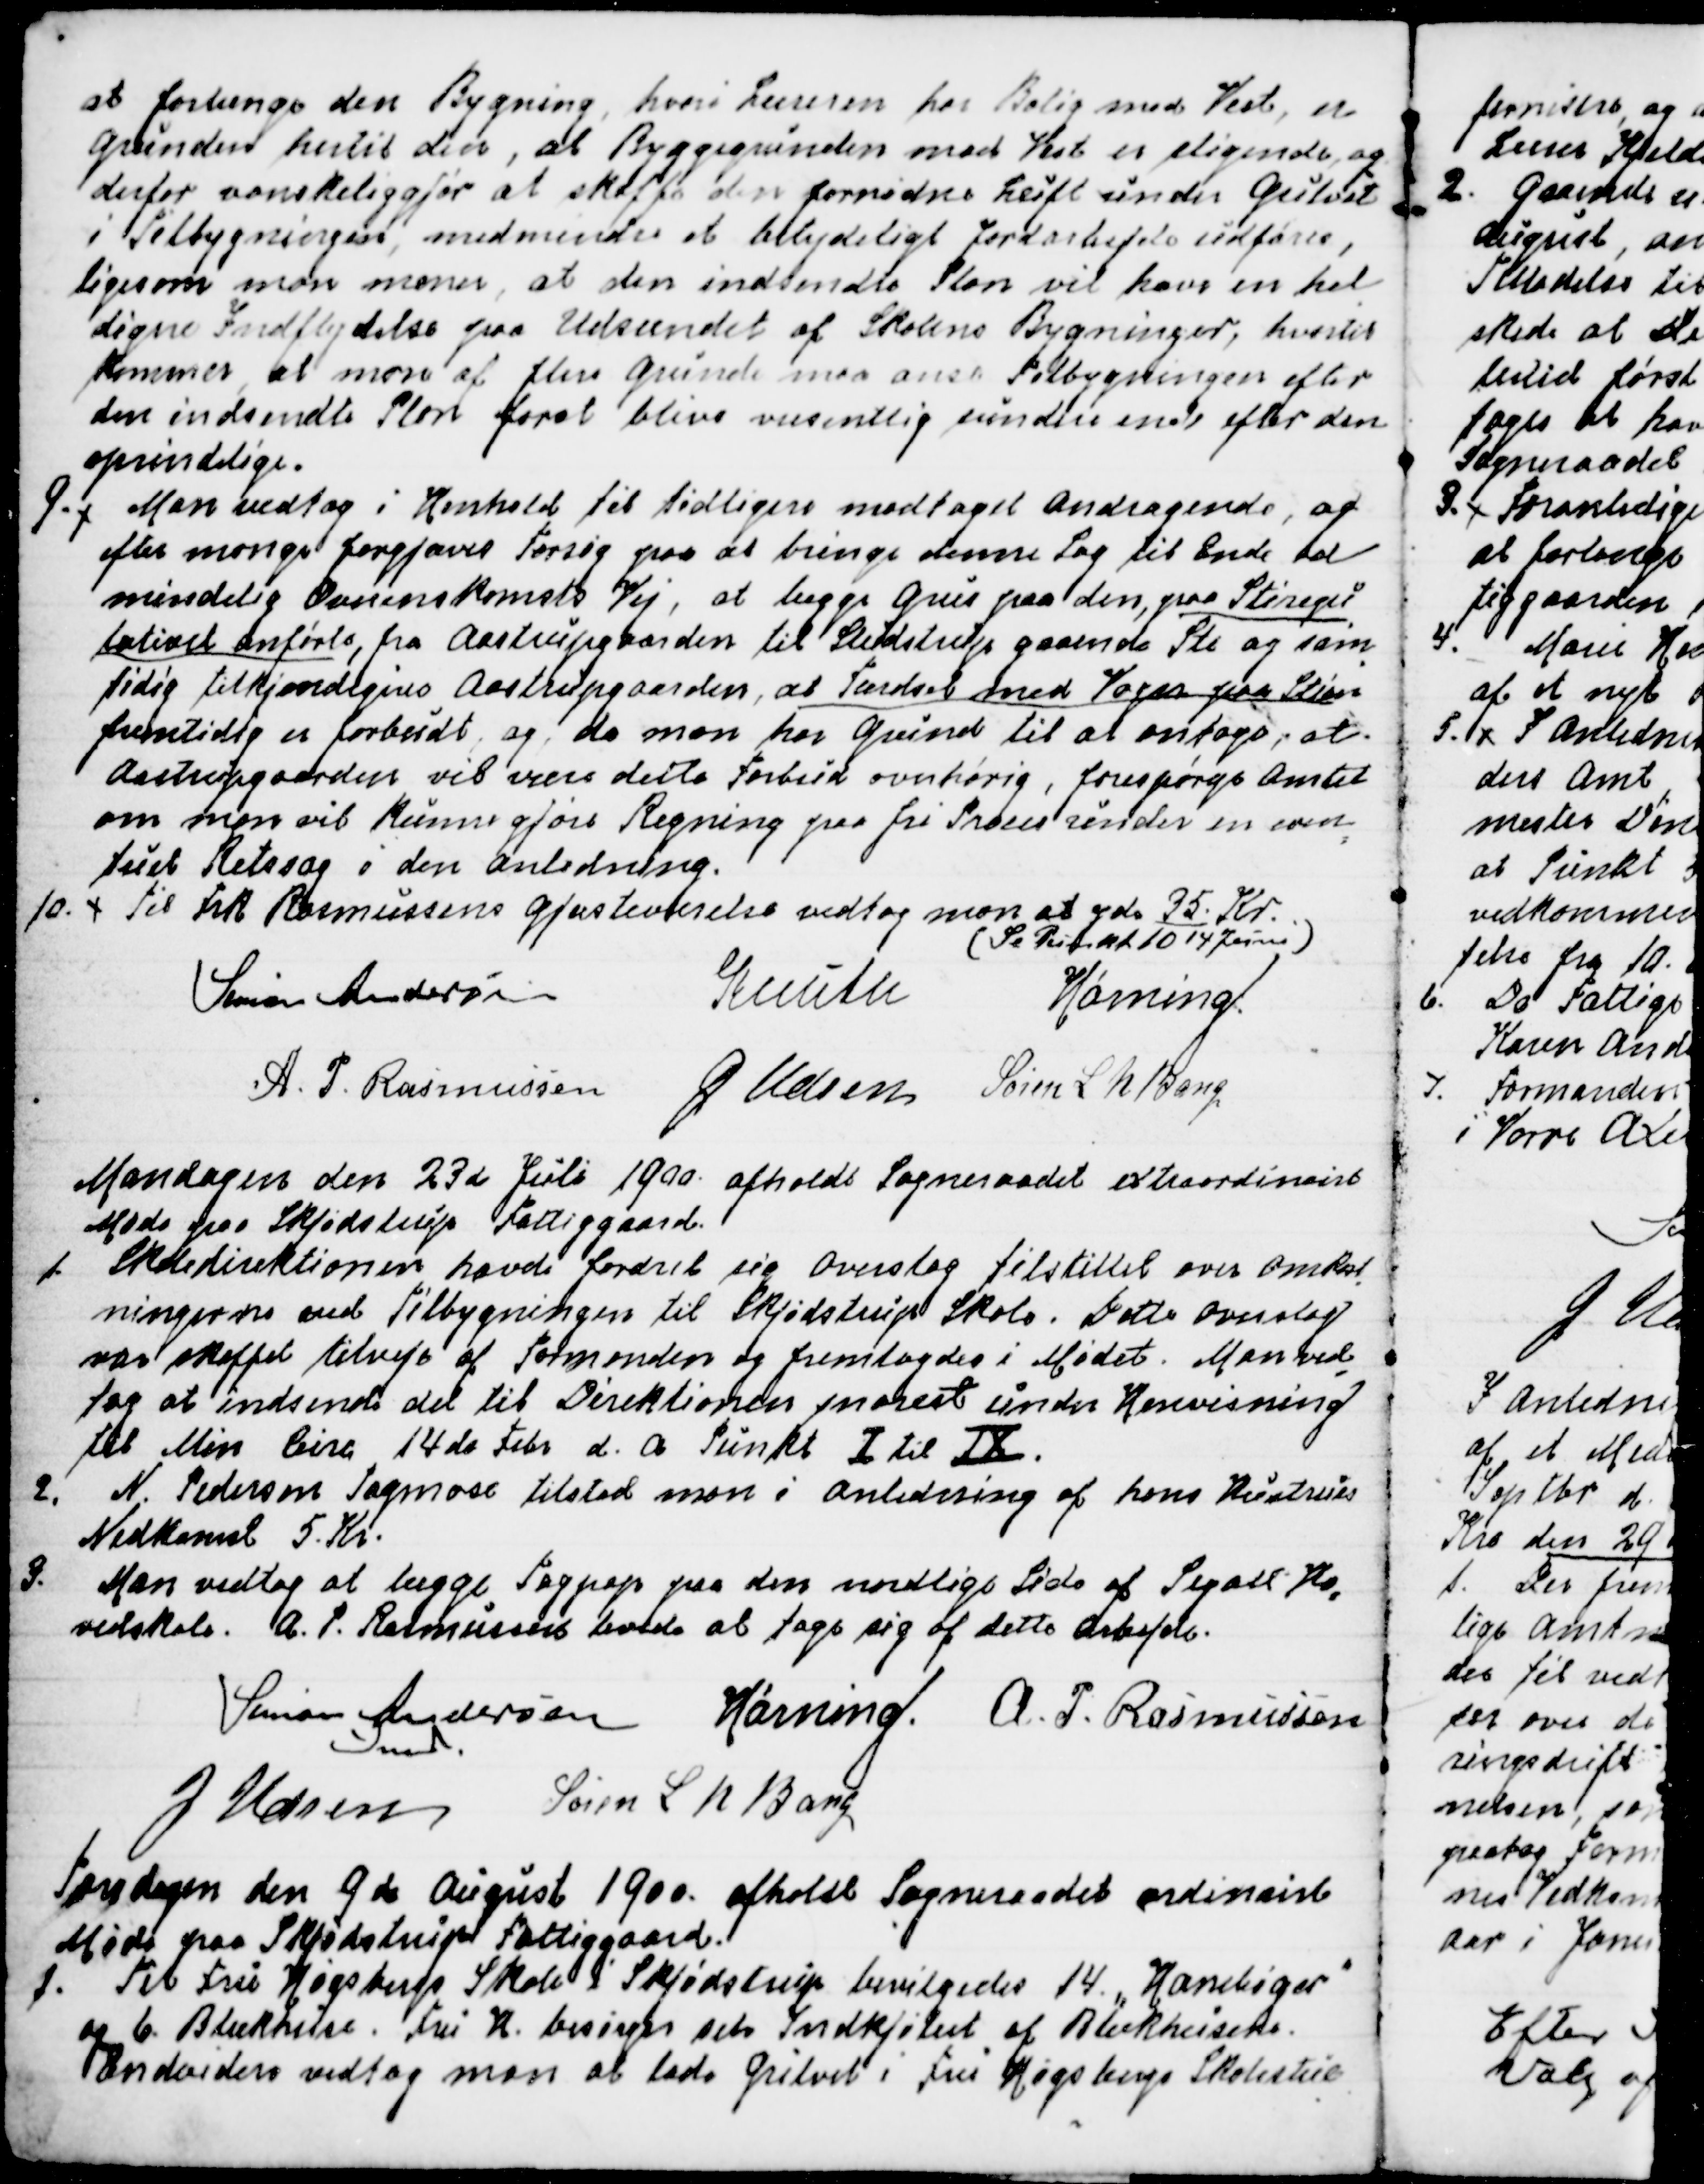
Transskription:
at forlænge den Bygning, hvori Læreren har Bolig mod Vest, er
Grunden hertil den, at Byggegrunden mod Vest er stigende og
derfor vanskeliggjør at skaffe den fornødne Luft under Gulvet
i Tilbygningen, medmindre et betydeligt Jordarbejde udføres,
ligesom man mener, at den indsendte Plan vil have en hel
-
digere Indflydelse paa udseendet af Skolens Bygninger, hvortil
kommer, at man af flere Grunde maa anse Tilbygningen efter
den indsendte Plan forat blive væsentlig sundere end efter den
oprindelige.
9. Man vedtog i Henhold til tidligere modtaget Andragende, og
efter mange forgjæves Forsøg paa at bringe denne Sag til Ende ad
mindelig Overenskomsts Vej, at lægge Grus paa den, paa Stiregu
=
lativet anførte, fra Aastrupgaarden til Studstrup gaaende Sti og sam
=
tidig tilkjendegives Aastrupgaarden, at Færdsel med Vogn paa Stien
fremtidig er forbudt, og da man har Grund til at antage, at
Aastrupgaarden vil være dette Forbud overhørig, forespørges Amtet
om man vil kunne gjøre Regning paa fri Proces under en even
=
tuel Retssag i den anledning.
10. Til Frk. Rasmussens Gjæsteværelse vedtog man at yde 35. Kr.
(Se Punkt 10 14 Juni)
Simon Andersen
Knuth
Hørning.
A. P. Rasmussen
J Udsen
Søren L N Bang

Mandagen den 23de Juli 1900 afholdt Sogneraadet extraordinairt
Møde paa Skjødstrup Fattiggaard.
1. Skoledirektionen havde fordret sig Overslag tilstillet over Omkost
=
ningerne ved Tilbygningen til Skjødstrup Skole. Dette Overslag
var skaffet tilveje af Formanden og fremlagdes i Mødet. Man ved
=
tog at indsende det til Direktionen snarest under Henvisning
til Min Circ 14de Febr. d. A. Punkt I til IX.
2. N. Pedersen Tagmose tilstod man i anledning af hans Hustrus
Nedkomst 5. Kr.
3. Man vedtog at lægge Tagpap paa den nordlige Side af Segalt Ho
=
vedskole. A. P. Rasmussen lovede at tage sig af dette Arbejde.
Simon Andersen
Fmd.
Hørning.
A. P. Rasmussen
J Udsen 
Søren L N Bang

Torsdagen den 9 de August 1900 afholdt Sogneraadet ordinairt
Møde paa Skjødstrup Fattiggaard.
1. Til Fru Høgsbergs Skole i Skjødstrup bevilgedes 14. "Hanebøger"
og 6. Blækhuse. Fru H. besørger selv Indkjøbet af Blækhusene.
Endvidere vedtog man at lade Gulvet i Fru Høgsbergs Skolestue